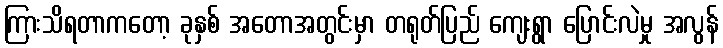
ကြားသိရတာကတော့ ခုနှစ် အတောအတွင်းမှာ တရုတ်ပြည် ကျေးရွာ ပြောင်းလဲမှု အလွန်